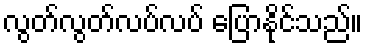
လွတ်လွတ်လပ်လပ် ပြောနိုင်သည်။